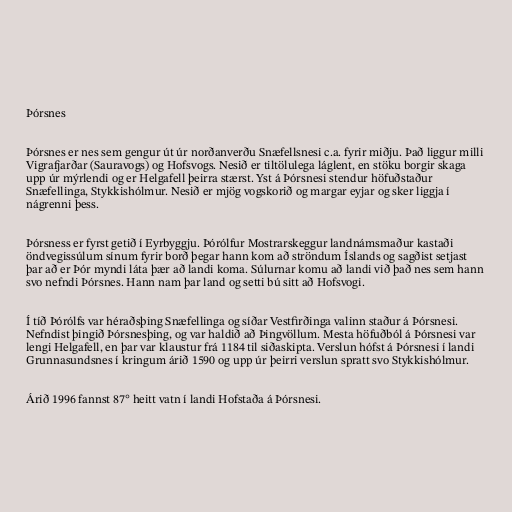
Þórsnes

Þórsnes er nes sem gengur út úr norðanverðu Snæfellsnesi c.a. fyrir miðju. Það liggur milli
Vigrafjarðar (Sauravogs) og Hofsvogs. Nesið er tiltölulega láglent, en stöku borgir skaga
upp úr mýrlendi og er Helgafell þeirra stærst. Yst á Þórsnesi stendur höfuðstaður
Snæfellinga, Stykkishólmur. Nesið er mjög vogskorið og margar eyjar og sker liggja í
nágrenni þess.

Þórsness er fyrst getið í Eyrbyggju. Þórólfur Mostrarskeggur landnámsmaður kastaði
öndvegissúlum sínum fyrir borð þegar hann kom að ströndum Íslands og sagðist setjast
þar að er Þór myndi láta þær að landi koma. Súlurnar komu að landi við það nes sem hann
svo nefndi Þórsnes. Hann nam þar land og setti bú sitt að Hofsvogi.

Í tíð Þórólfs var héraðsþing Snæfellinga og síðar Vestfirðinga valinn staður á Þórsnesi.
Nefndist þingið Þórsnesþing, og var haldið að Þingvöllum. Mesta höfuðból á Þórsnesi var
lengi Helgafell, en þar var klaustur frá 1184 til siðaskipta. Verslun hófst á Þórsnesi í landi
Grunnasundsnes í kringum árið 1590 og upp úr þeirri verslun spratt svo Stykkishólmur.

Árið 1996 fannst 87° heitt vatn í landi Hofstaða á Þórsnesi.